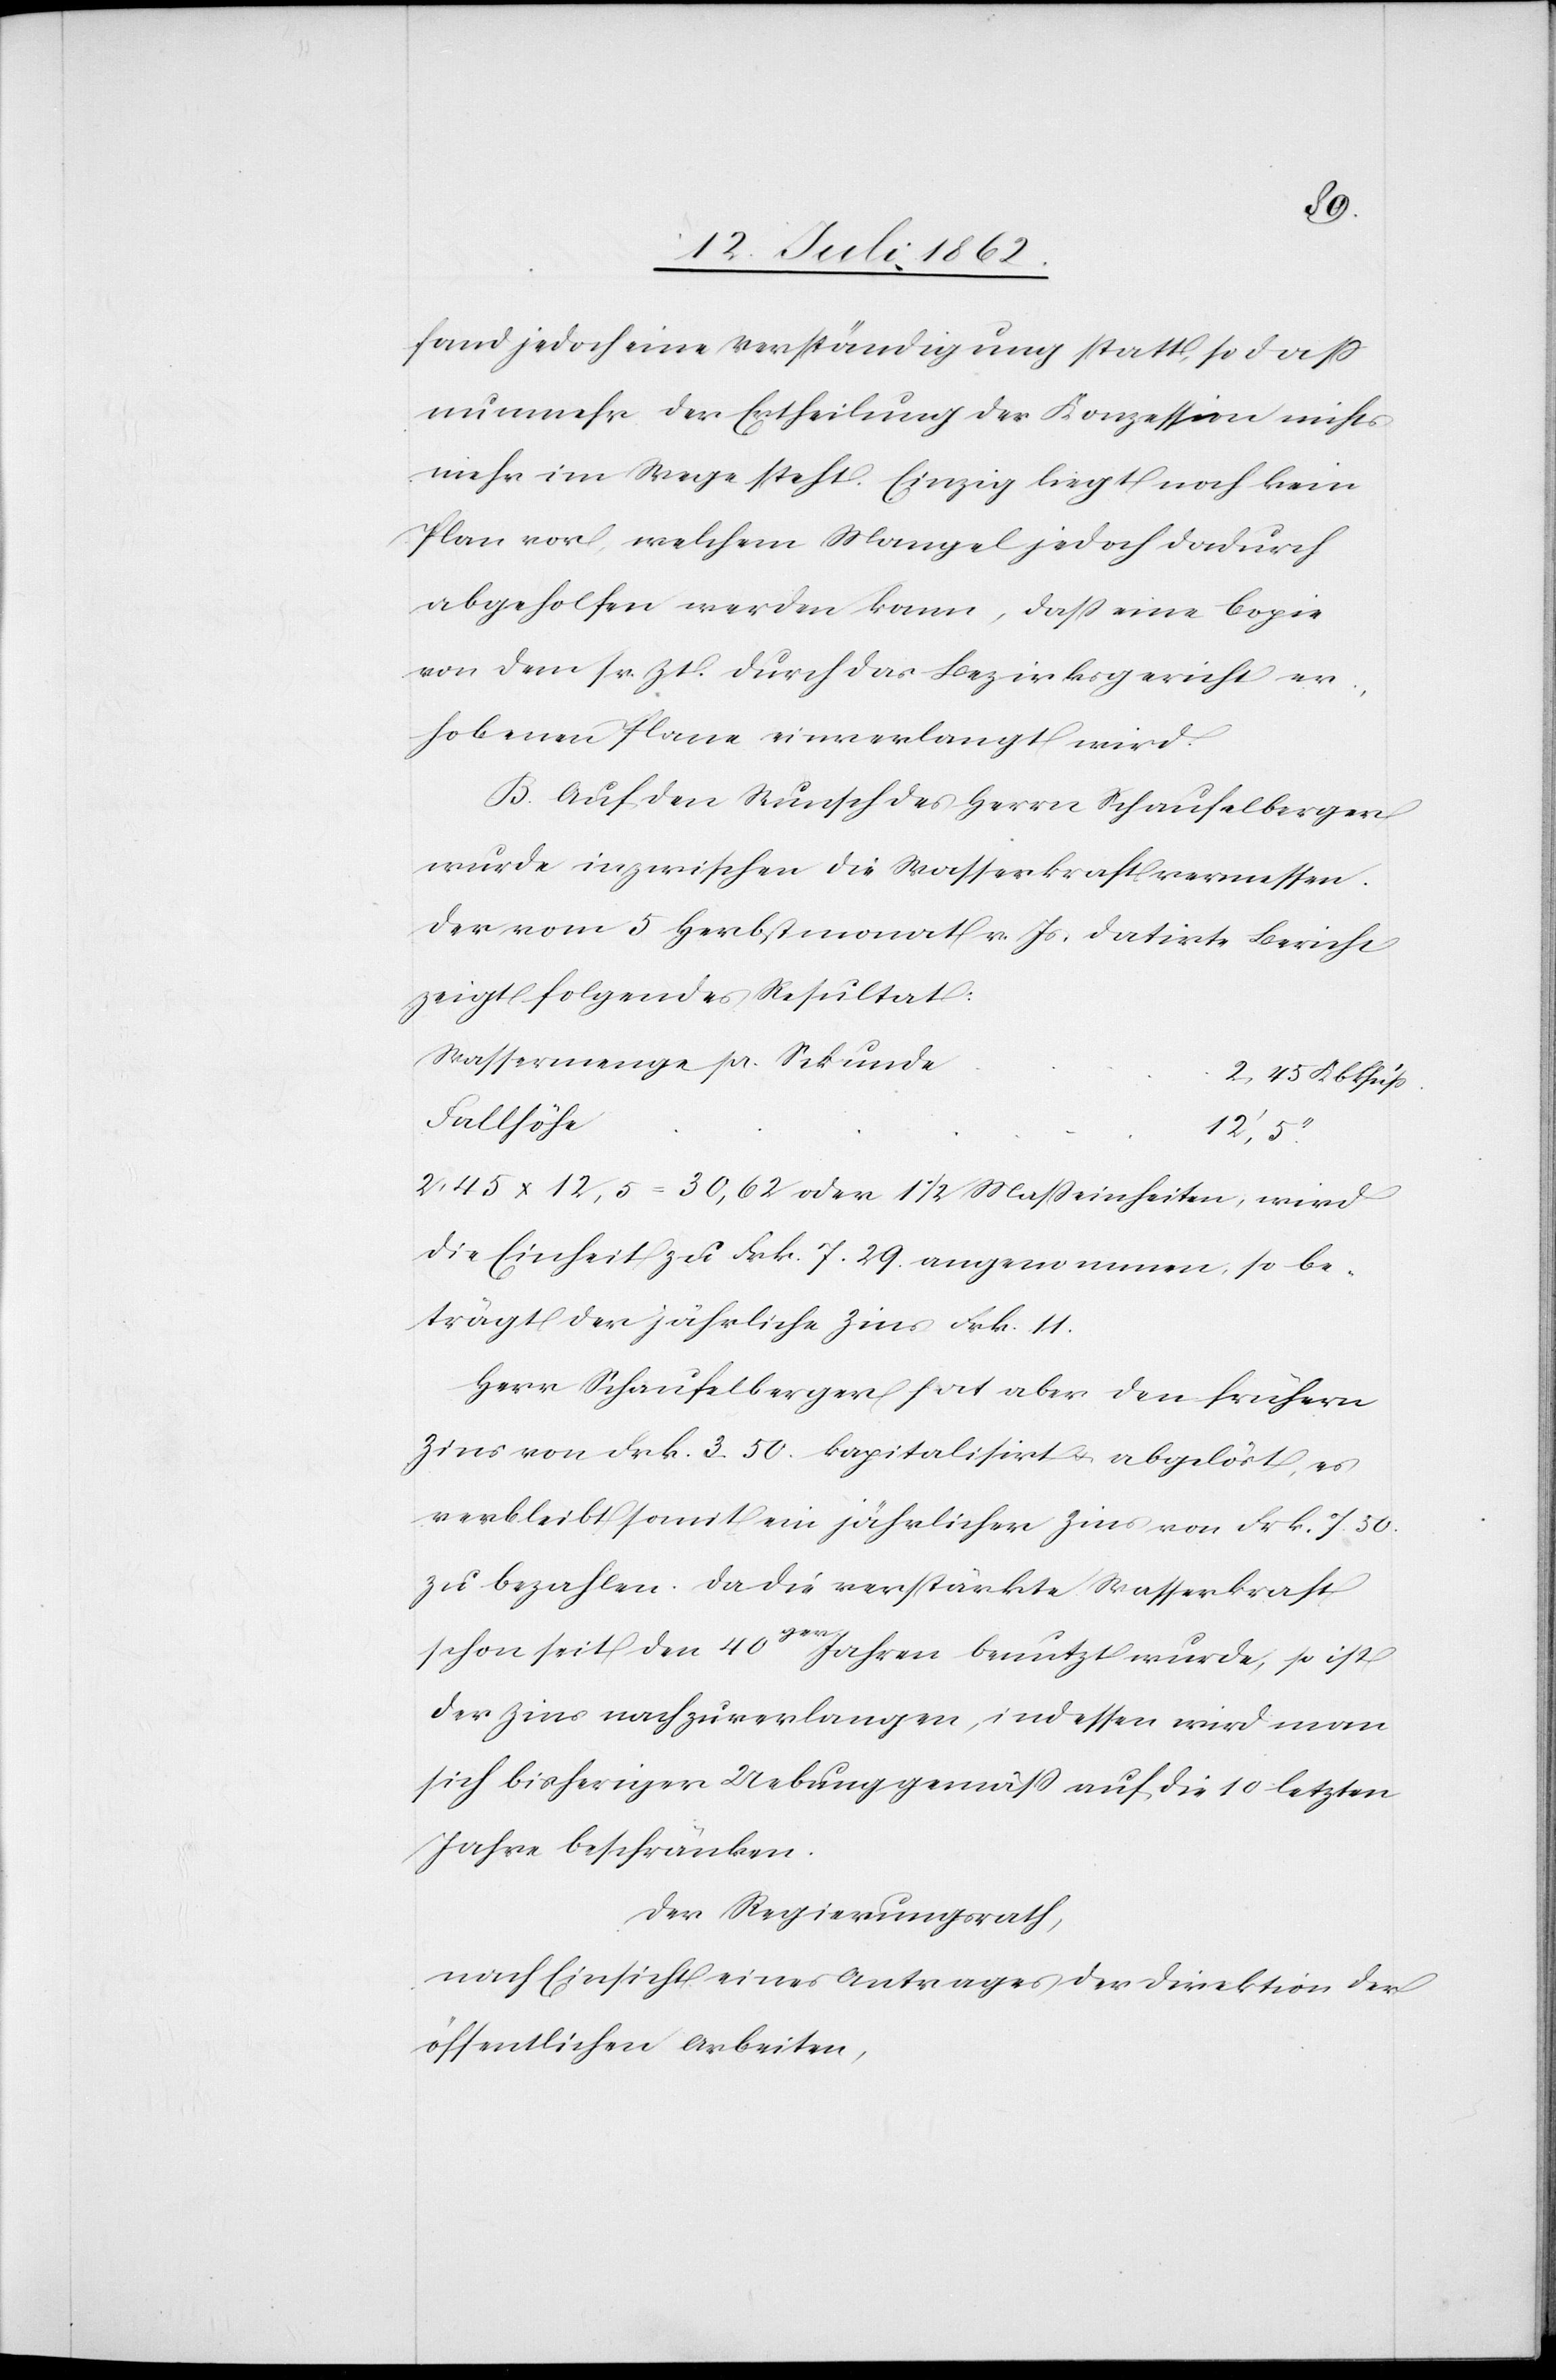
fand jedoch eine Verständigung statt, so daß
nunmehr der Ertheilung der Konzession nichts
mehr im Wege steht. Einzig liegt noch kein
Plan vor, welchem Mangel jedoch dadurch
abgeholfen werden kann, daß eine Copie
von dem sr. Zt. durch das Bezirksgericht er¬
hobenen Plane einverlangt wird.
B. Auf den Wunsch des Herrn Schaufelberger
wurde inzwischen die Wasserkraft vermessen.
Der vom 5 Herbstmonat v. Js. datirte Bericht
zeigt folgendes Resultat:
2,45 x 12,5 = 30,62 oder 1 1/2 Maßeinheiten, wird
die Einheit zu Frk. 7.29 angenommen, so be¬
trägt der jährliche Zins Frk. 11.
Herr Schaufelberger hat aber den frühern
Zins von Frk. 3.50 kapitalisirt u. abgelöst, es
verbleibt somit ein jährlicher Zins von Frk. 7.50
zu bezahlen. Da die verstärkte Wasserkraft
schon seit den 40ger Jahren benutzt wurde, so ist
der Zins nachzuverlangen, indessen wird man
sich bisheriger Uebung gemäß auf die 10 letzten
Jahre beschränken.
Der Regierungsrath,
nach Einsicht eines Antrages der Direktion der
öffentlichen Arbeiten,